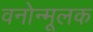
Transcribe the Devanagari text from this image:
वनोन्मूलक